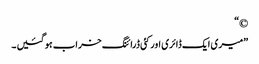
©“
”میری ایک ڈائری اورکئی ڈرائنگ خراب ہو گئیں ۔